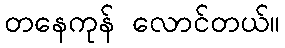
တနေကုန် လောင်တယ်။